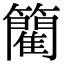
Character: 䉮